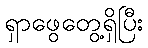
ရှာဖွေတွေ့ရှိပြီး